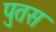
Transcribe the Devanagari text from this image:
पुतस